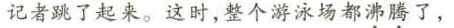
记者跳了起来。这时，整个游泳场都沸腾了，